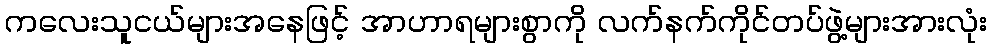
ကလေးသူငယ်များအနေဖြင့် အာဟာရများစွာကို လက်နက်ကိုင်တပ်ဖွဲ့များအားလုံး